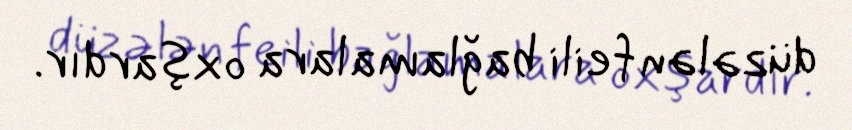
düzələn feili bağlamalara oxşardır.